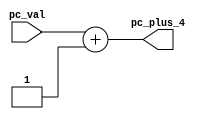
`timescale 1ns / 1ps
//////////////////////////////////////////////////////////////////////////////////
// Company: 
// Engineer: 
// 
// Design Name: 
// Module Name: pc_adder1
// Project Name: 
// Target Devices: 
// Tool Versions: 
// Description: 
// 
// Dependencies: 
// 
// Revision:
// Revision 0.01 - File Created
// Additional Comments:
// 
//////////////////////////////////////////////////////////////////////////////////


module pc_adder1(pc_plus_4,pc_val);
output reg [4:0] pc_plus_4; // naam reltate karno ko likh diya pv plus 4 , asal mein to 1 bit add karne pe hi next location ka address mil jayega
input [4:0] pc_val;
always @ (pc_val)
pc_plus_4 <= pc_val+5'b00001;
endmodule